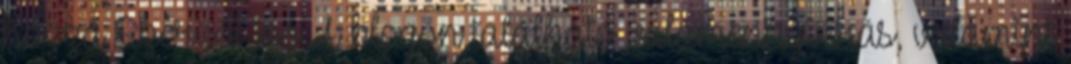
hozzá Szerzői jog A blogon található valamennyi írás, valamint